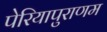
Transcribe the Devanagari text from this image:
पेरियापुराणम